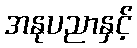
အနုပညာနှင့်